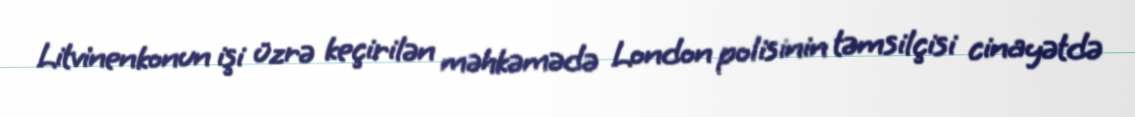
Litvinenkonun işi üzrə keçirilən məhkəmədə London polisinin təmsilçisi cinayətdə